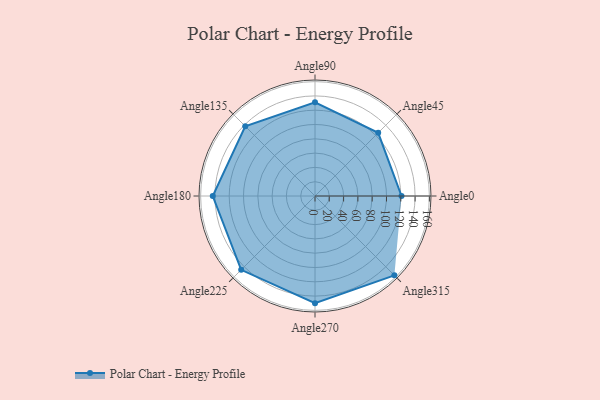
{"axis": {"x": "Angle", "y": "Radius"}, "legend": [""], "data": [{"x": "Angle0", "y": 121.0, "type": ""}, {"x": "Angle45", "y": 125.0, "type": ""}, {"x": "Angle90", "y": 131.0, "type": ""}, {"x": "Angle135", "y": 138.0, "type": ""}, {"x": "Angle180", "y": 143.0, "type": ""}, {"x": "Angle225", "y": 146.0, "type": ""}, {"x": "Angle270", "y": 150.0, "type": ""}, {"x": "Angle315", "y": 157.0, "type": ""}]}